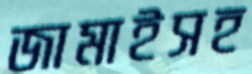
জামাইসহ